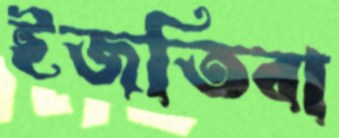
ইজতিবা